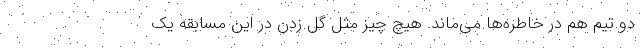
دو تیم هم در خاطره‌ها می‌ماند. هیچ چیز مثل گل زدن در این مسابقه یک